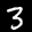
Label: 3